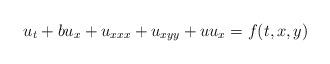
LaTeX: \begin{align*}u_t+bu_x+u_{xxx}+u_{xyy}+uu_x=f(t,x,y)\end{align*}